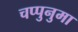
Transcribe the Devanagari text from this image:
चप्पुनुमा